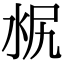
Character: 𣳣